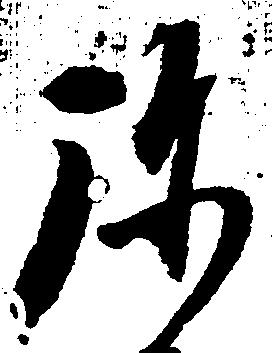
弥